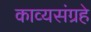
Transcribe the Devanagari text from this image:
काव्यसंग्रहे